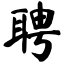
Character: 聘